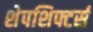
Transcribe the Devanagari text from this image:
शेपशिफ्टर्स